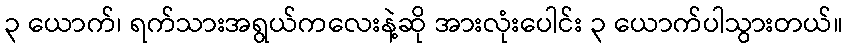
၃ ယောက်၊ ရက်သားအရွယ်ကလေးနဲ့ဆို အားလုံးပေါင်း ၃ ယောက်ပါသွားတယ်။